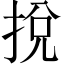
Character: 捝